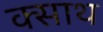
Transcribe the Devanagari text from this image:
क्साथ